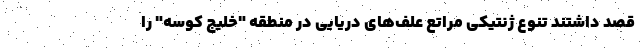
قصد داشتند تنوع ژنتیکی مراتع علف‌های دریایی در منطقه "خلیج کوسه" را